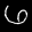
Label: 6